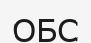
ОБС